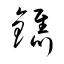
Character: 鐫